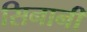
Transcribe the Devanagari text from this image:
सिनानीं